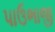
પાઉભાજી